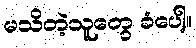
မသိတဲ့သူတွေ ခံပေါ့။